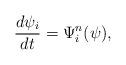
LaTeX: \begin{align*}\frac{d\psi_i}{dt}= \Psi^{n}_i(\psi), \end{align*}